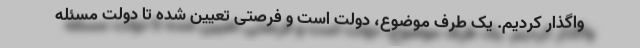
واگذار کردیم. یک طرف موضوع، دولت است و فرصتی تعیین شده تا دولت مسئله